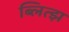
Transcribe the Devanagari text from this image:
ब्लित्झ